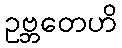
ဥဗ္ဘတေဟိ